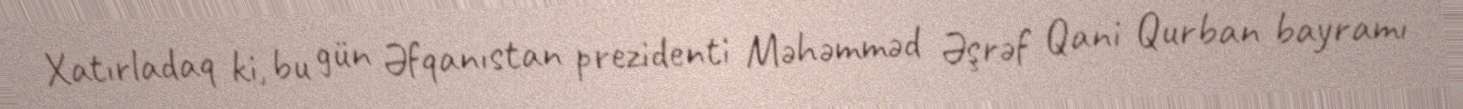
Xatırladaq ki, bu gün Əfqanıstan prezidenti Məhəmməd Əşrəf Qani Qurban bayramı